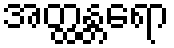
အတ္ထန္တရော